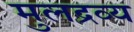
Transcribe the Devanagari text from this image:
मुलद्रव्य